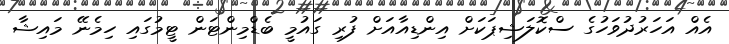
އެއް އަހަރުދުވަހުގެ ސްކޮލަޝިޕަކަށް އިންޑިއާއަށް ފުރި ގައުމީ ބެޑްމިންޓަން ޓީމުގައި ހިމެނޭ މައިޝާ